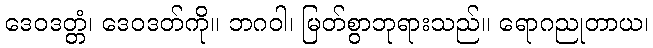
ဒေဝဒတ္တံ၊ ဒေဝဒတ်ကို။ ဘဂဝါ၊ မြတ်စွာဘုရားသည်။ ရောဂညုတာယ၊